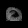
Digit: ၀